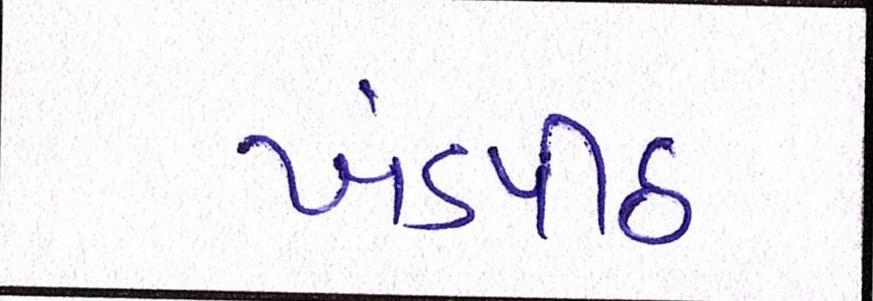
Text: ખંડપીઠ